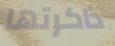
ذاكرتها